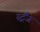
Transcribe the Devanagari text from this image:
स्ट्रैंज